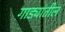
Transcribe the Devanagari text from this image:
गाड्यांतील